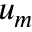
u _ { m }